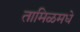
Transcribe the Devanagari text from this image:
तामिळमधे